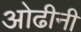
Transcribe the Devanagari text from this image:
ओढीनी